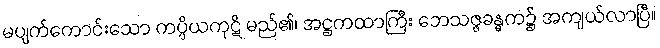
မပျက်ကောင်းသော ကပ္ပိယကုဋိ မည်၏၊ အဋ္ဌကထာကြီး ဘေသဇ္ဇခန္ဓက၌ အကျယ်လာပြီ။